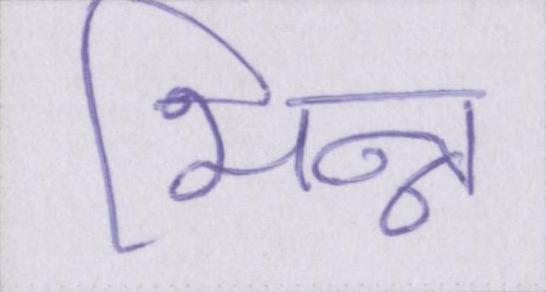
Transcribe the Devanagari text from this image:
भिन्न